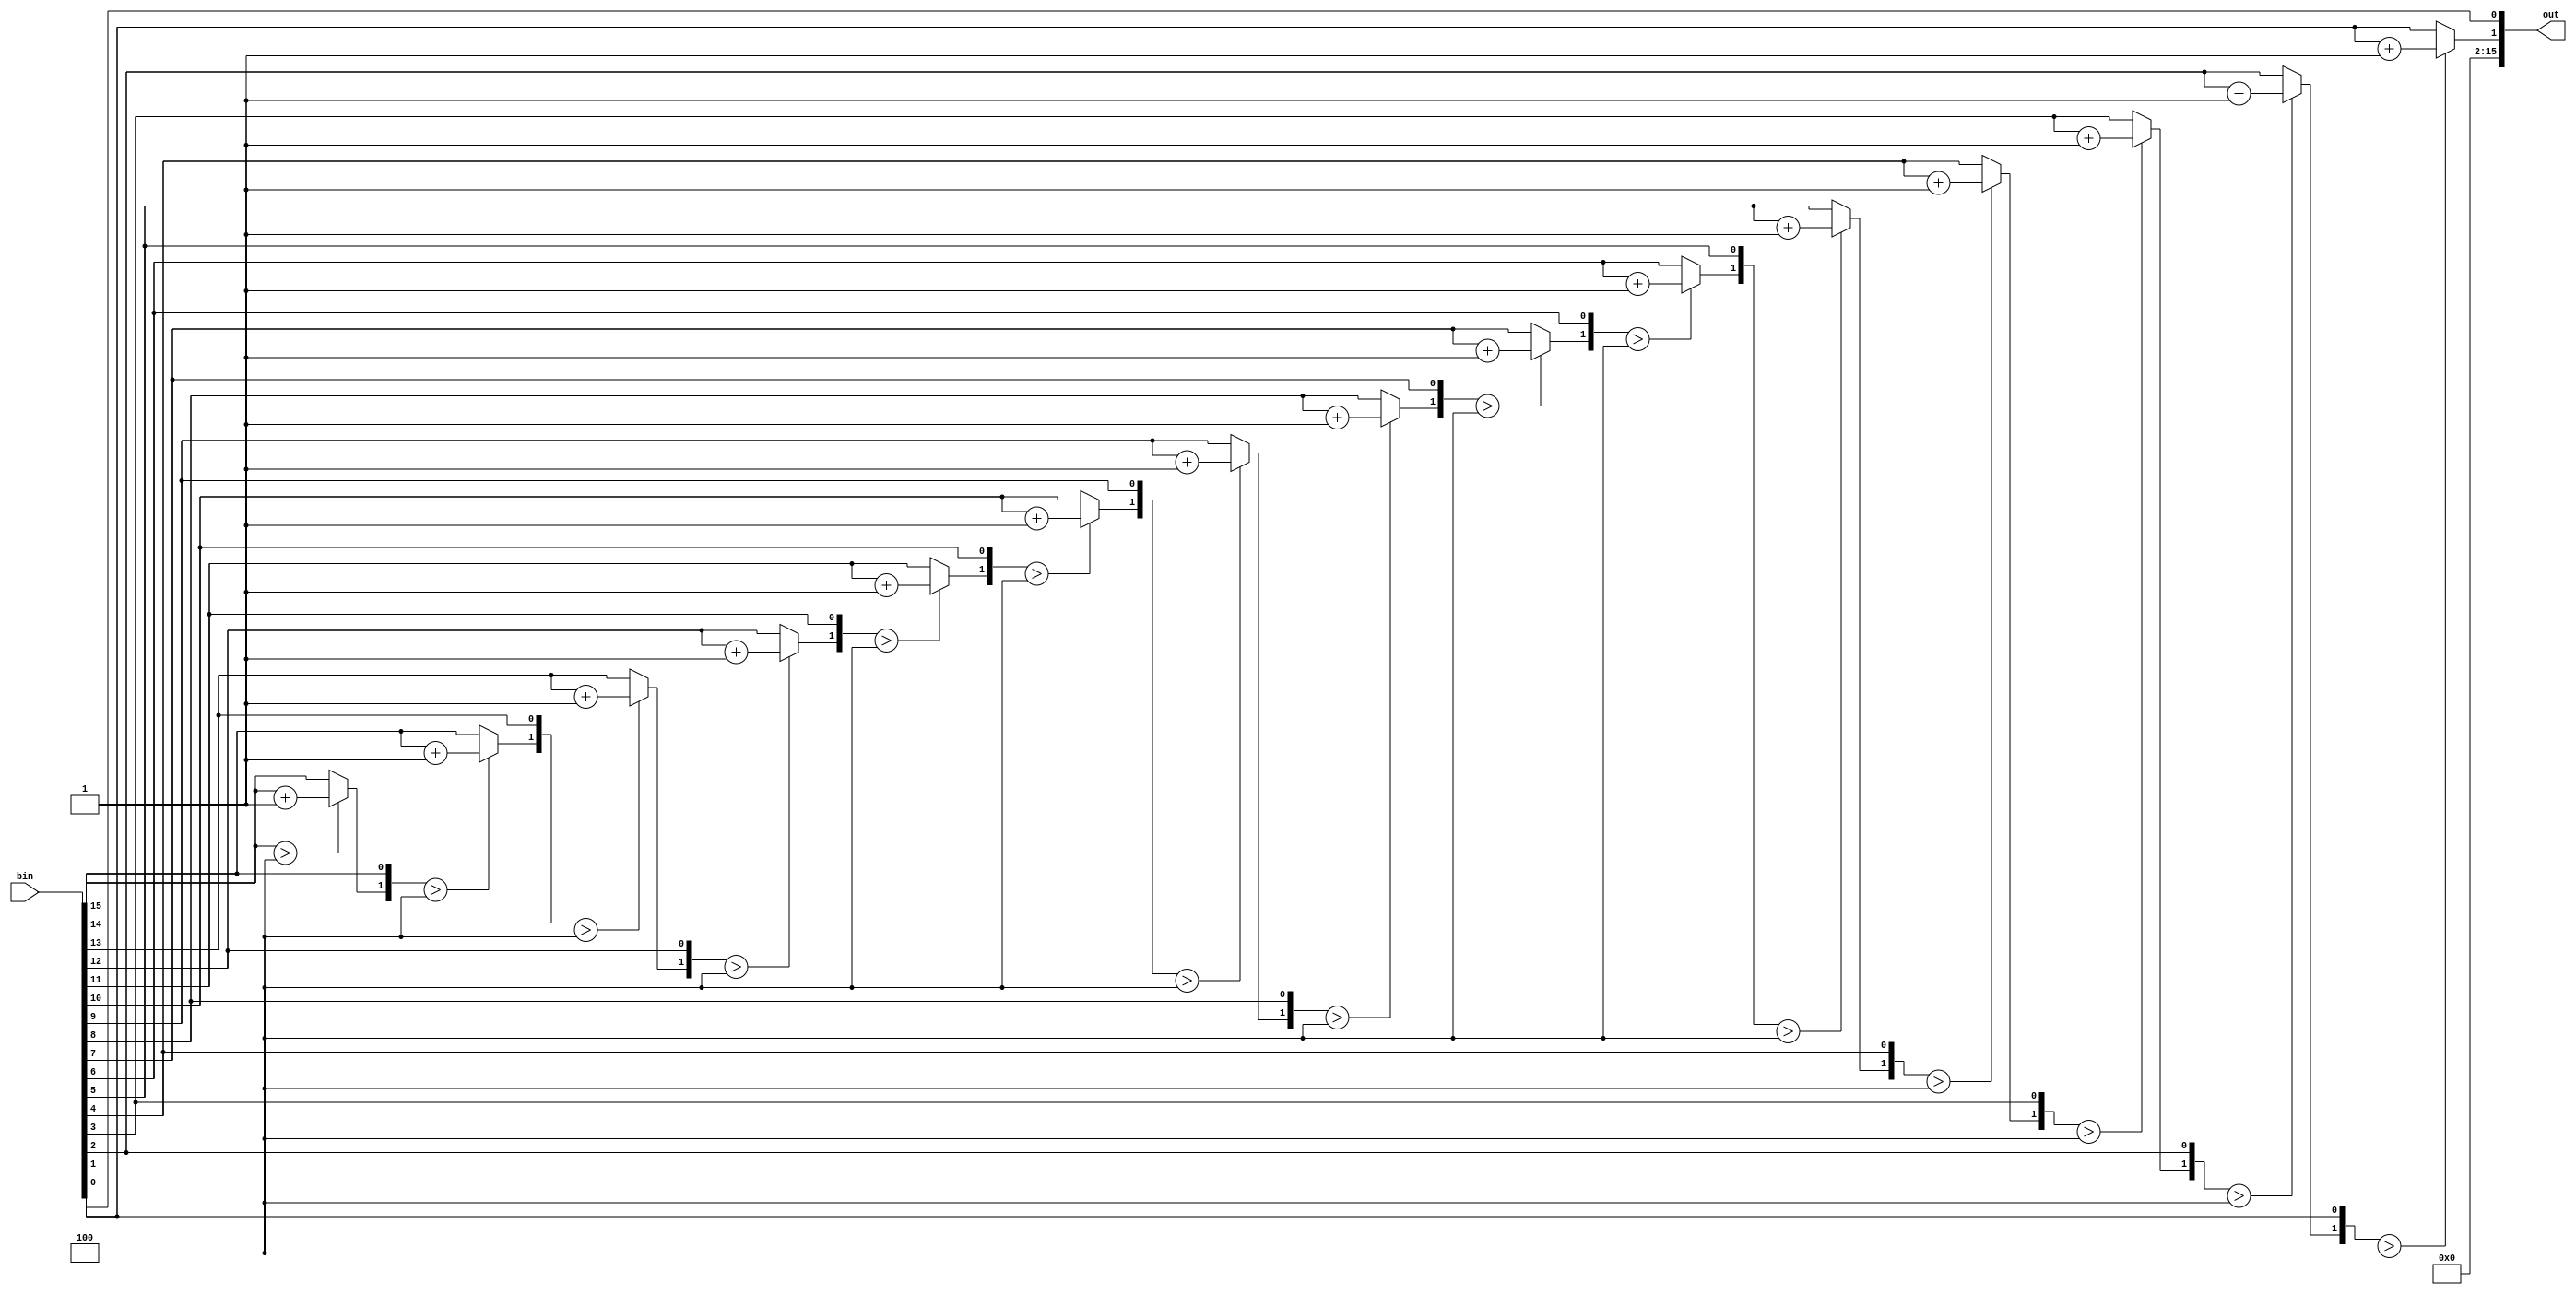

module BCD_16bit #(
    parameter Number_size = 16
)(
    input      [Number_size - 1 : 0] bin,
    output reg [Number_size - 1 : 0] out
);
    
    reg [Number_size -1 : 0] bin_buff;
    reg [Number_size -1 : 0] out_buff;
    integer i;

    always@( * )begin
        out_buff = 0;
        bin_buff = bin;
        for(i = 0 ; i < Number_size ; i = i + 1) begin
            out_buff[3 : 0] = fout(out_buff[3 : 0]);
            out_buff[7 : 4] = fout(out_buff[7 : 4]);
            out_buff[11: 8] = fout(out_buff[11: 8]);
            out_buff[15:12] = fout(out_buff[15:12]);
            {out_buff, bin_buff} = {out_buff, bin_buff} << 1;
        end
        out = out_buff;
    end

    function fout(input [3:0] fin);
        fout = ( fin > 4 ) ? fin + 4'd3 : fin;
    endfunction
endmodule